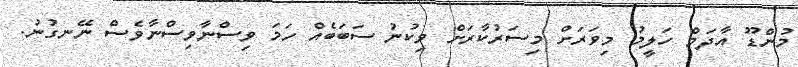
މުންޑޫ އާދަމް ހަލީމު މިވަރަށް މިސަރުކާރަށް ވިކުނު ސަބަބެއް ހަމަ ވިސްނާވިސްނާވެސް ނޭނގުނު.